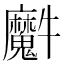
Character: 𤜘